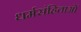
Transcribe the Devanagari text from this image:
धर्मसंहिताओं